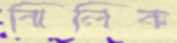
ঝিলিক